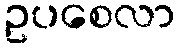
ဥပစေလာ